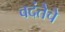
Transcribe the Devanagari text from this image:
वदंतेचे